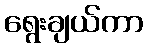
ရွေးချယ်ကာ